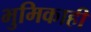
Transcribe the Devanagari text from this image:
भुमिकाही